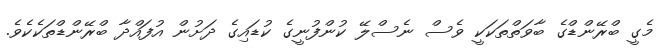
މެގީ ބްރޭންޑްގެ ބާވަތްތަކަކީ ވެސް ނެސްލޭ ކުންފުނީގެ ކުޑައިގެ ދަށުން އުފައްދާ ބްރޭންޑްތަކެކެވެ.